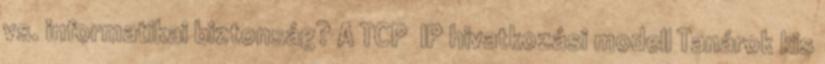
vs. informatikai biztonság? A TCP IP hivatkozási modell Tanárok kis